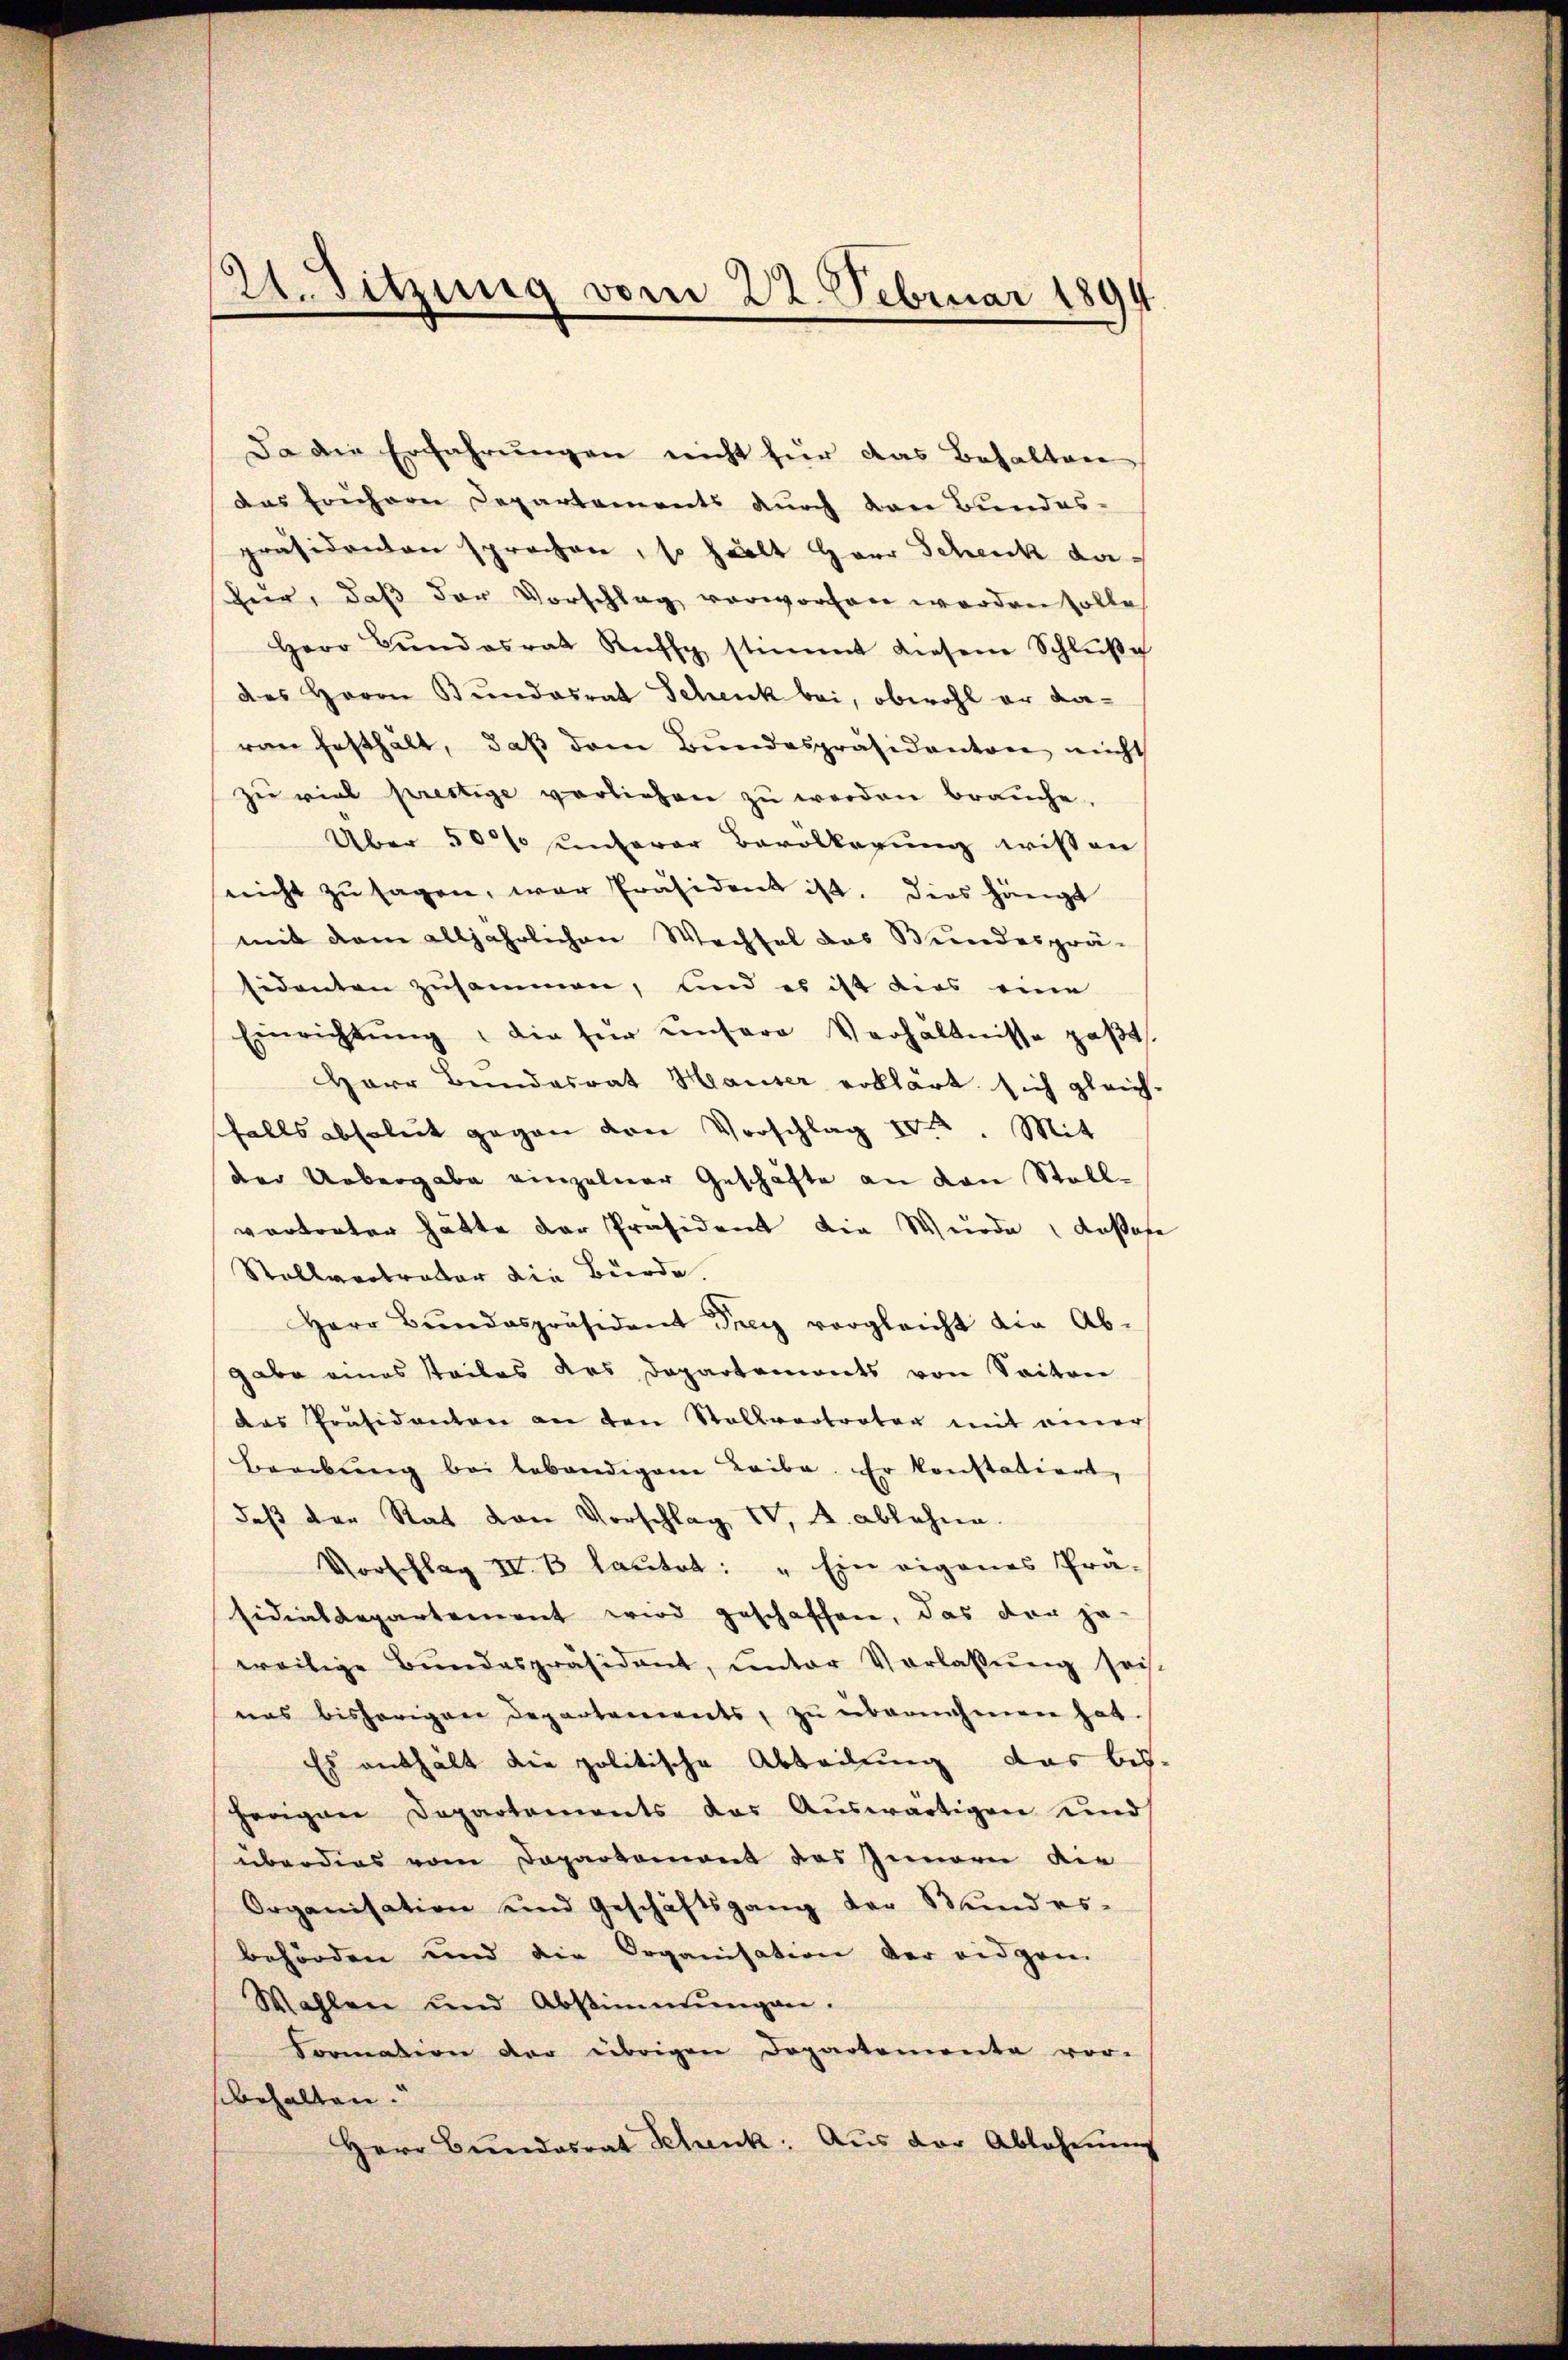
Da die Erfahrungen nicht für das Behalten
das frühern Departements durch den Bundes-
präsidenten sprechen, so hält Herr Schenk dafür, daß der Vorschlag vorworfen werden solle
Herr Bŭndesrat Rufs stimmt diesene Schlŭβe
des Herrn Bundesrat Schenk bei, obwohl er daran festhalt, daβ dem Bundespräsidanton nicht
zŭ viel prestige verliehen zŭ werden braŭche.
Über 50% unterer Bevölkerung wissen
nicht zŭ sagen, war Präsident ist. Dies hängt
mit dem alljährlichen Wechsel das Bundesprä-
sidenten zusammen, und es ist dies eine
Einrichtŭng, die für unsere Verhältnisse paβt
Herr Bundesrat Hauser erklärt sich gleich-
falls absolut gegen den Vorschlag IV 2. Mit
der Uebergabe einzelner Geschäfte an den Stell-
vortreter hätte der Präsident die Wurde, daßer
Stellvertreter die Bürde.
Herr Bŭndespräsident der vergleicht die Ab-
gabe eines steiles des Departements von Seiten
das Präsidenten an den Stellvertreter mit einer
Beeebŭng bei lebendigen Leibe. Er konstatiert,
daß der Rat von Vorschlag IV, A. ablehnen.
Vorschlag IV. B. lautet: „Ein eigenes Prä-
sidialdepartement wird geschaffen, das der ja
weilige Bundespräsident, unter Verlassŭng sei-
nas bisherigen Departements, zu übernehmen hat.
Es enthält die politische Abteilung das bis
herigen Departements das Aŭswärtigen und
überdies vom Departemont des Innern die
Organisation und Geschäftsgang der Bundes-
behörden und die Organisation der eidgen.
Wahlen und Abstimmungen.
Formation der übrigen Departemente vor-
sbehalten.
Herr Bŭndesrat Schenk. Aus der Ablehnung

121. Sitzung vom 22. Februar 1894.